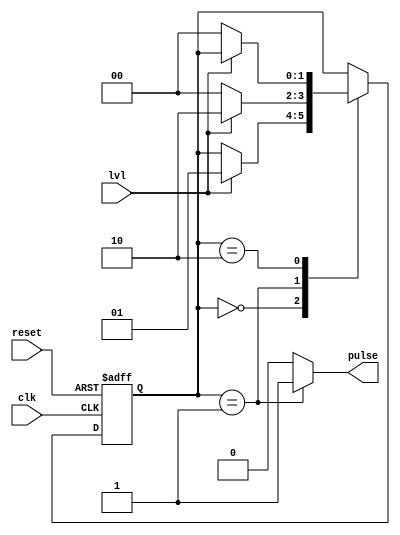
module level2pulse(
	input clk,
	input lvl,
	input reset,
	output reg pulse
);
parameter s00=2'b00;
parameter s01=2'b01;
parameter s11=2'b10;

reg [1:0] state;
reg [1:0] next_state;

always@(posedge clk or posedge reset)begin
	if(reset)begin
		state<=s00;
	end else begin
		state<=next_state;
	end
end

always@(*)begin
	next_state = state;
	case(state)
		s00:
			if(lvl)
				next_state=s01;
		s01:
			if(lvl)
				next_state=s11;
			else
				next_state=s00;
		s11:
			if(!lvl)
				next_state=s00;
	endcase
end

always@(state)begin
	case(state)
		s01:pulse=1'b1;
		default:pulse=1'b0;
	endcase
end

endmodule